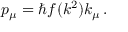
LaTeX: p _ { \mu } = \hbar f ( k ^ { 2 } ) k _ { \mu } \, .